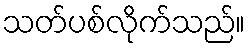
သတ်ပစ်လိုက်သည်။